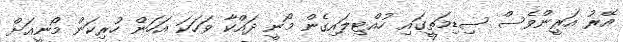
އޭރު އަރީންވެސް ސިޑިމަތީގައި ހުއްޓިލައިގެން މޯނީ ދައްކާ ވަހަކަ އަހަން ހުރިކަން މޯނީއަށް